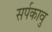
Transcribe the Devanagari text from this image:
सर्पकावु